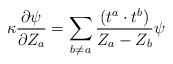
LaTeX: \begin{align*}\kappa \frac{\partial \psi}{\partial Z_a} = \sum_{b \neq a}\frac{(t^a \cdot t^b )}{Z_a - Z_b} \psi\end{align*}